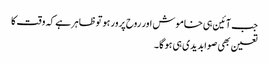
جب آئین ہی خاموش اور روح پرور ہو توظاہرہے کہ وقت کا
تعین بھی صوابدیدی ہی ہو گا ۔